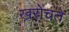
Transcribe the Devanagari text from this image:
खरोंचते